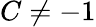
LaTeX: C\ne-1